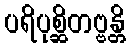
ပရိပုစ္ဆိတဗ္ဗန္တိ